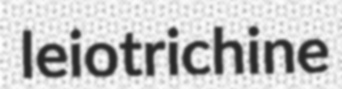
leiotrichine